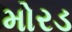
મોરડ